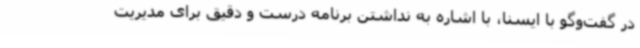
در گفت‌وگو با ایسنا، با اشاره به نداشتن برنامه درست و دقیق برای مدیریت